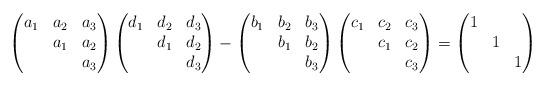
LaTeX: \begin{align*} \begin{pmatrix} a_1 & a_2 & a_3 \\ & a_1 & a_2 \\ & & a_3 \end{pmatrix} \begin{pmatrix} d_1 & d_2 & d_3 \\ & d_1 & d_2 \\ & & d_3 \end{pmatrix} -\begin{pmatrix} b_1 & b_2 & b_3 \\ & b_1 & b_2 \\ & & b_3 \end{pmatrix} \begin{pmatrix} c_1 & c_2 & c_3 \\ & c_1 & c_2 \\ & & c_3 \end{pmatrix} = \begin{pmatrix} 1 & & \\ & 1& \\ & & 1 \end{pmatrix} \end{align*}